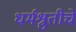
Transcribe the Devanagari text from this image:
धर्मश्रुतीचे